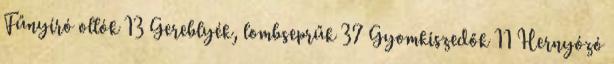
Fűnyíró ollók 13 Gereblyék, lombseprűk 37 Gyomkiszedők 11 Hernyózó